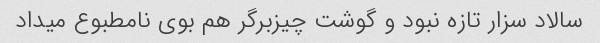
سالاد سزار تازه نبود و گوشت چیزبرگر هم بوی نامطبوع میداد